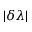
| \delta \lambda |